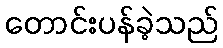
တောင်းပန်ခဲ့သည်